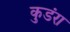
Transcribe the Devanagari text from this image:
कुडंरा